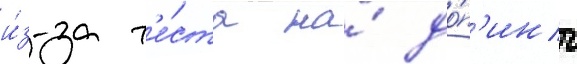
и́з-за т'е́ста на́ до́п'инг